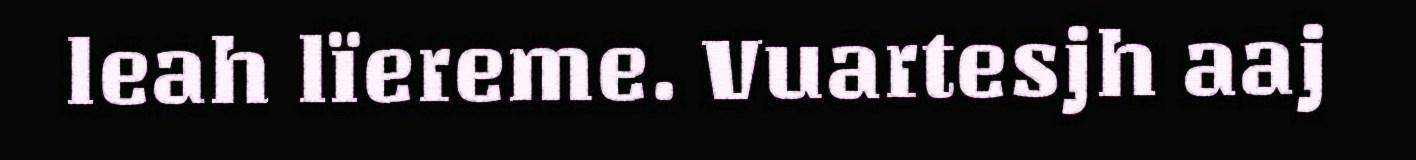
leah lïereme. Vuartesjh aaj